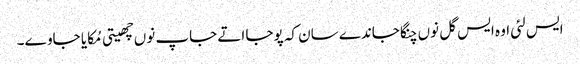
ایس لئی اوہ ایس گل نوں چنگا جاندے سان کہ پوجا اتے جاپ نوں چھیتی مُکایا جاوے۔